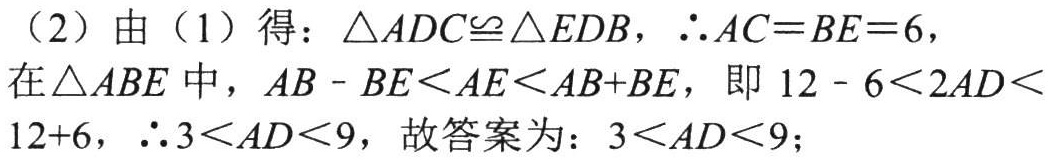
（2）由（1）得：\(\triangle ADC\cong\triangle EDB\)，\(\therefore AC = BE = 6\)，

在\(\triangle ABE\)中，\(AB - BE<AE<AB + BE\)，即\(12 - 6<2AD<12 + 6\)，\(\therefore 3<AD<9\)，故答案为：\(3<AD<9\)；